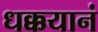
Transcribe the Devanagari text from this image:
धक्कयानं